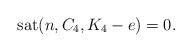
LaTeX: \begin{align*}\textup{sat}( n , C_4 , K_4 - e ) = 0.\end{align*}